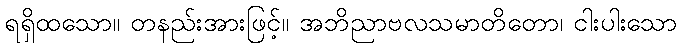
ရရှိထသော။ တနည်းအားဖြင့်။ အဘိညာဗလသမာတိတော၊ ငါးပါးသော